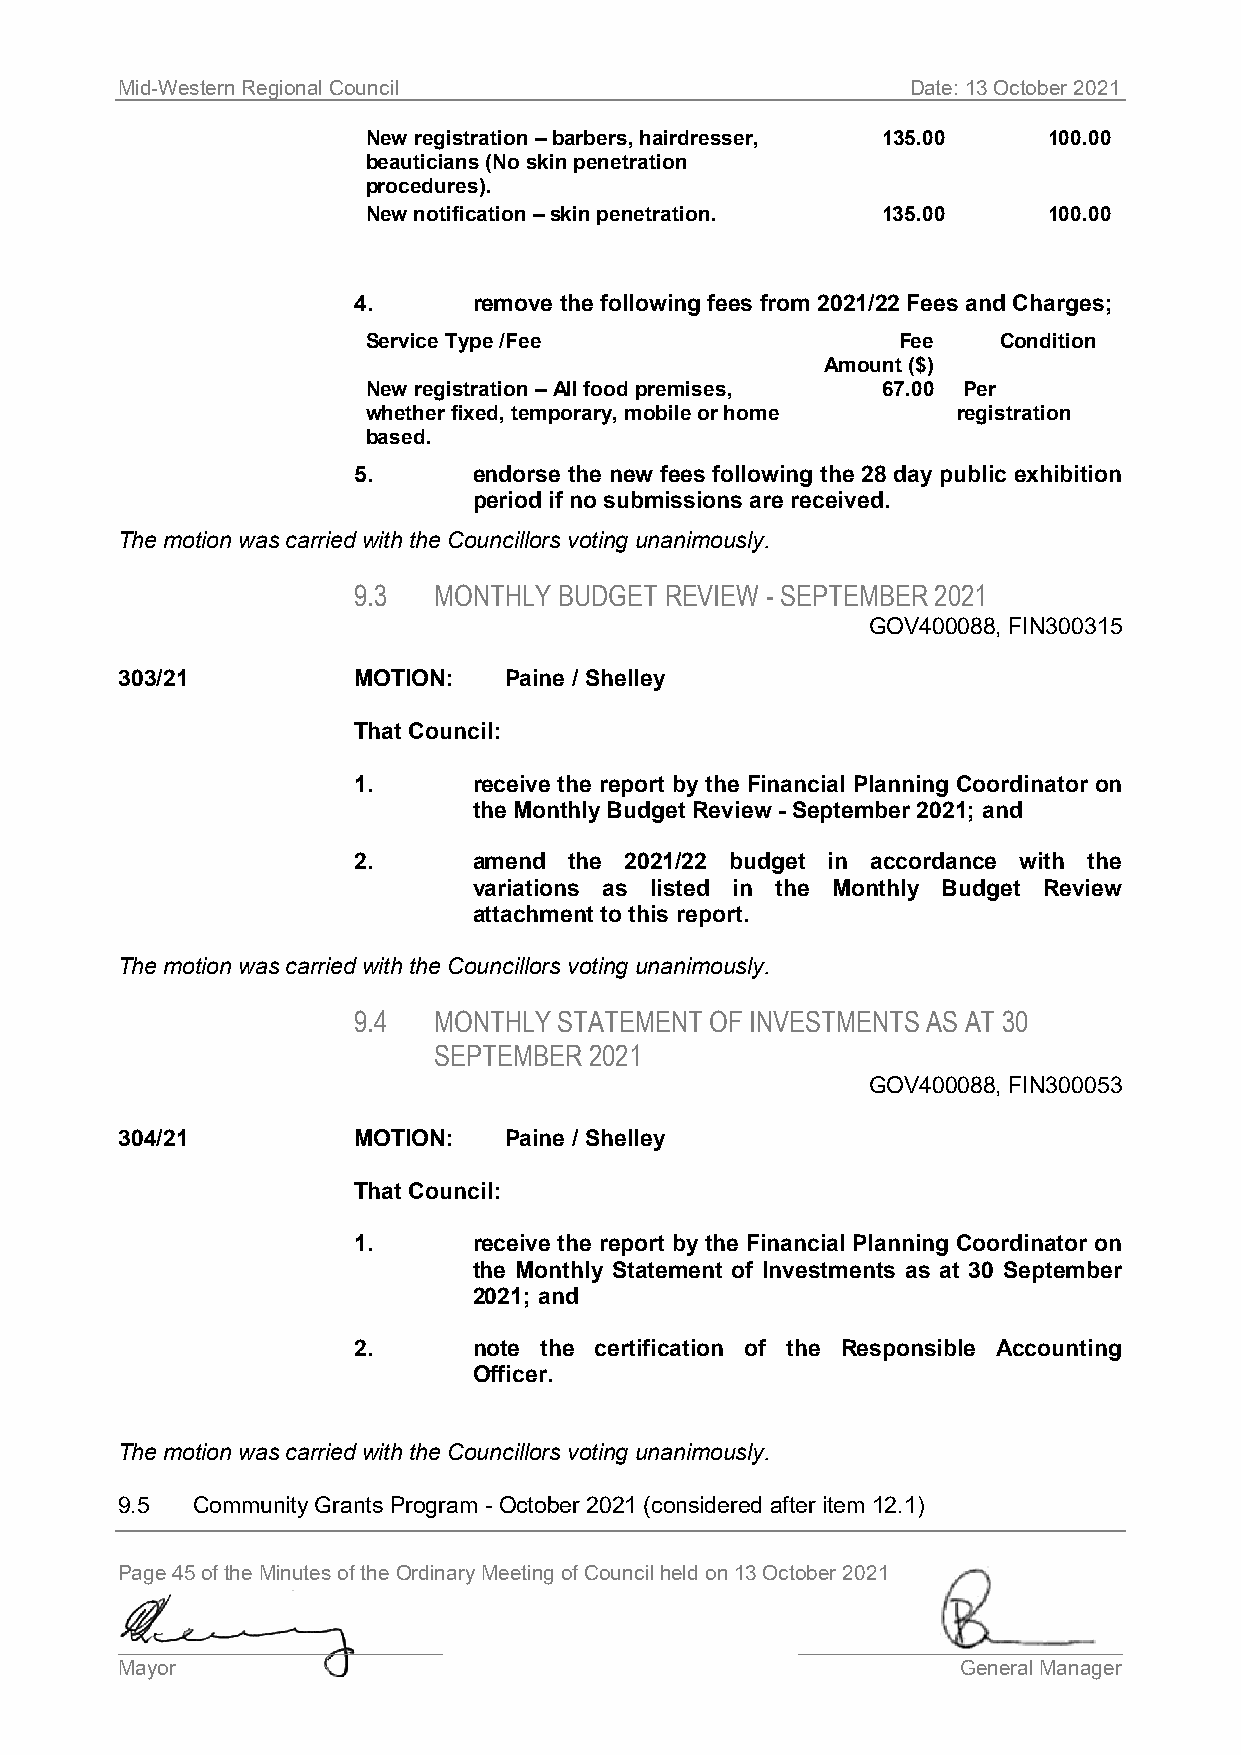
Mid-Western Regional Council                        Date: 13 October 2021
 New registration – barbers, hairdresser, 135.00 100.00
 beauticians (No skin penetration
 procedures).
 New notification – skin penetration. 135.00  100.00
 4.      remove the following fees from 2021/22 Fees and Charges;
 Service Type /Fee                  Fee    Condition
 Amount ($)
 New registration – All food premises, 67.00 Per
 whether fixed, temporary, mobile or home registration
 based.
 5.      endorse the new fees following the 28 day public exhibition
 period if no submissions are received.
 The motion was carried with the Councillors voting unanimously.
 9.3   MONTHLY BUDGET REVIEW - SEPTEMBER 2021
 GOV400088, FIN300315
 303/21         MOTION:   Paine / Shelley
 That Council:
 1.      receive the report by the Financial Planning Coordinator on
 the Monthly Budget Review - September 2021; and
 2.      amend  the 2021/22 budget in accordance with the
 variations as listed in the Monthly Budget Review
 attachment to this report.
 The motion was carried with the Councillors voting unanimously.
 9.4   MONTHLY STATEMENT OF INVESTMENTS AS AT 30
 SEPTEMBER 2021
 GOV400088, FIN300053
 304/21         MOTION:   Paine / Shelley
 That Council:
 1.      receive the report by the Financial Planning Coordinator on
 the Monthly Statement of Investments as at 30 September
 2021; and
 2.      note the certification of the Responsible Accounting
 Officer.
 The motion was carried with the Councillors voting unanimously.
 9.5  Community Grants Program - October 2021 (considered after item 12.1)
 Page 45 of the Minutes of the Ordinary Meeting of Council held on 13 October 2021
 ____________________________                 ____________________________
 Mayor                                                   General Manager